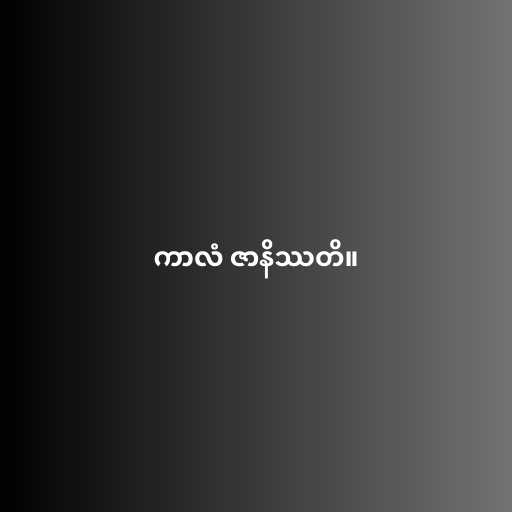
ကာလံ ဇာနိဿတိ။